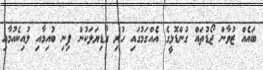
ބައެއް ޒުވާން ޖޯޑުތައް ގުންޑޮޅީގެ އެއްގަމުގައި ހުރި ގާޑިޔަލަކުން ފިނި ބުއިމާއި ލުއިކެއުމާއި